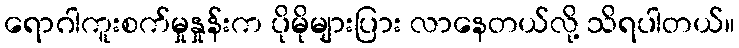
ရောဂါကူးစက်မှုနှုန်းက ပိုမိုများပြား လာနေတယ်လို့ သိရပါတယ်။